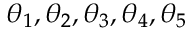
\theta _ { 1 } , \theta _ { 2 } , \theta _ { 3 } , \theta _ { 4 } , \theta _ { 5 }